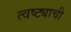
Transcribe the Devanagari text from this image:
त्वष्ट्याची